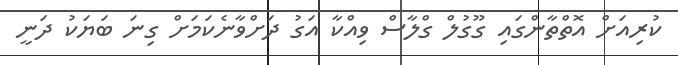
ކުރިއަށް އޮތްތާންގައި ގޫގުލް ގްލާސް ވިއްކާ އަގު ދަށްވާނެކަމަށް ގިނަ ބަޔަކު ދަނީ